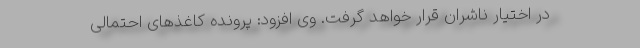
در اختیار ناشران قرار خواهد گرفت. وی افزود: پرونده کاغذهای احتمالی